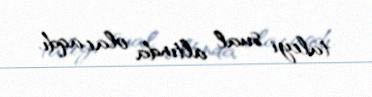
taleyi sual altında olacaqdı.